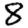
Digit: 8